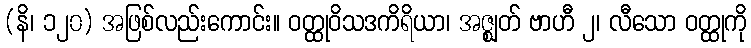
(နိ၊ ၁၂၀) အဖြစ်လည်းကောင်း။ ဝတ္ထုဝိသဒကိရိယာ၊ အဇ္ဈတ် ဗာဟီ ၂၊ လီသော ဝတ္ထုကို